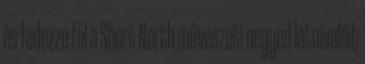
és fedezze fel a Short North művészeti negyed látnivalóit